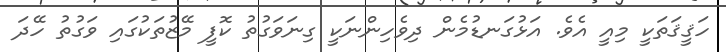
ހަޤީޤަތަކީ މިއީ އެވެ. އަޅުގަނޑުމެން ދިވެހިންނަކީ ގިނަވަގުތު ކޮފީ މޭޒުތަކުގައި ވަގުތު ހޭދަ